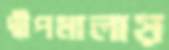
দ্বীপমালায়